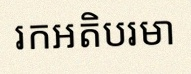
រកអតិបរមា